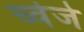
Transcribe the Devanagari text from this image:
च्वेजे